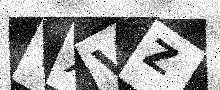
Text: VXVZ